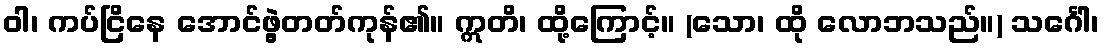
ဝါ၊ ကပ်ငြိနေ အောင်ဖွဲ့တတ်ကုန်၏။ ဣတိ၊ ထို့ကြောင့်။ (သော၊ ထို လောဘသည်။) သင်္ဂေါ၊